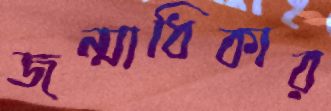
জন্মাধিকার